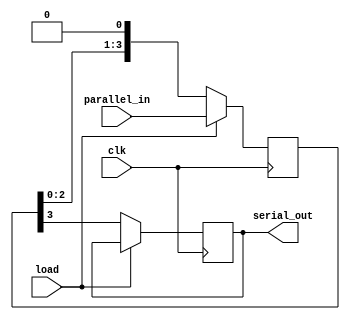
// Parallel IN Serial OUT Shift Register
// Created by Nitheesh Kumar - Aug 03 2020

module PISO (
	input [3:0] parallel_in,
	input clk,
	input load,
	output reg serial_out);

reg [3:0] PISO_reg;

always @(posedge clk) begin

if (load)
PISO_reg <= parallel_in;
else begin
serial_out <= PISO_reg[3];
PISO_reg <= {PISO_reg[2:0], 1'b0};
end

end

endmodule